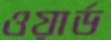
ওয়ার্ড